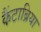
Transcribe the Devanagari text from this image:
कैंटाब्रिया